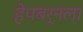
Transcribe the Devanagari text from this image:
हेपबर्नला